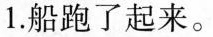
1.船跑了起来。